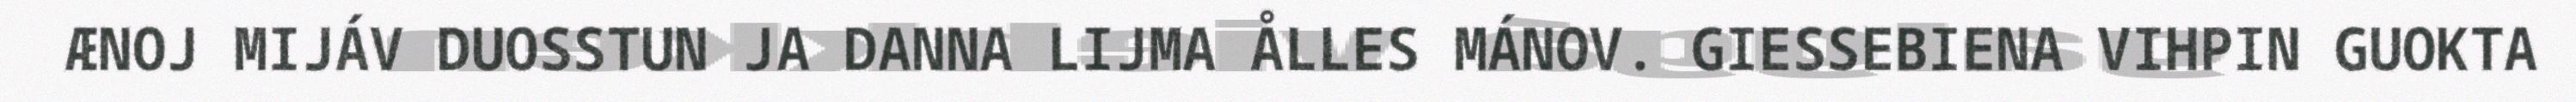
ÆNOJ MIJÁV DUOSSTUN JA DANNA LIJMA ÅLLES MÁNOV. GIESSEBIENA VIHPIN GUOKTA